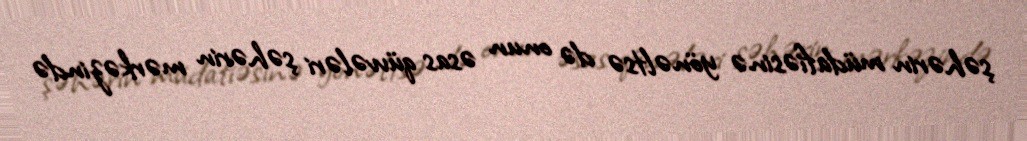
şəhərin müdafiəsinə yönəltsə də onun əsas qüvvələri şəhərin mərkəzində